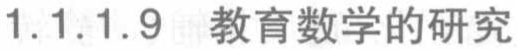
1.1.1.9 教育数学的研究